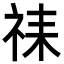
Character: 𫀇